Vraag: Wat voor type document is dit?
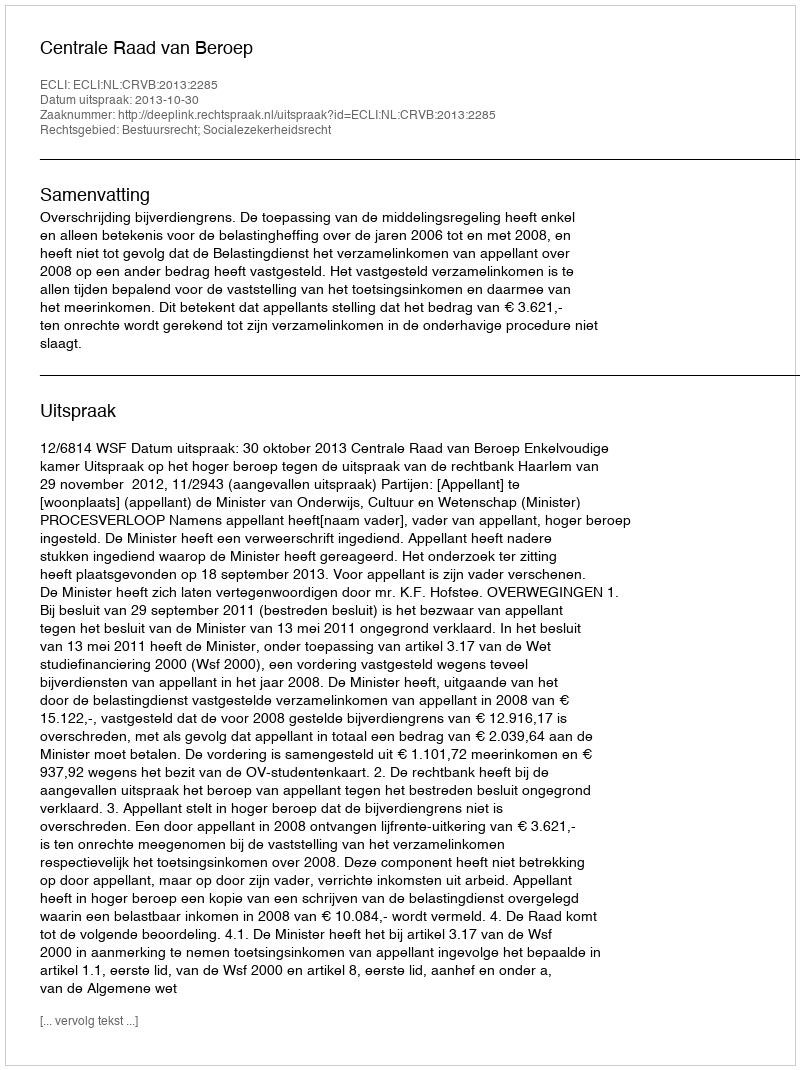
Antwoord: Uitspraak